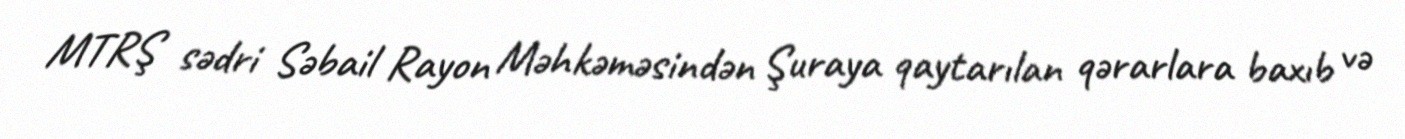
MTRŞ sədri Səbail Rayon Məhkəməsindən Şuraya qaytarılan qərarlara baxıb və